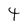
Character: 4